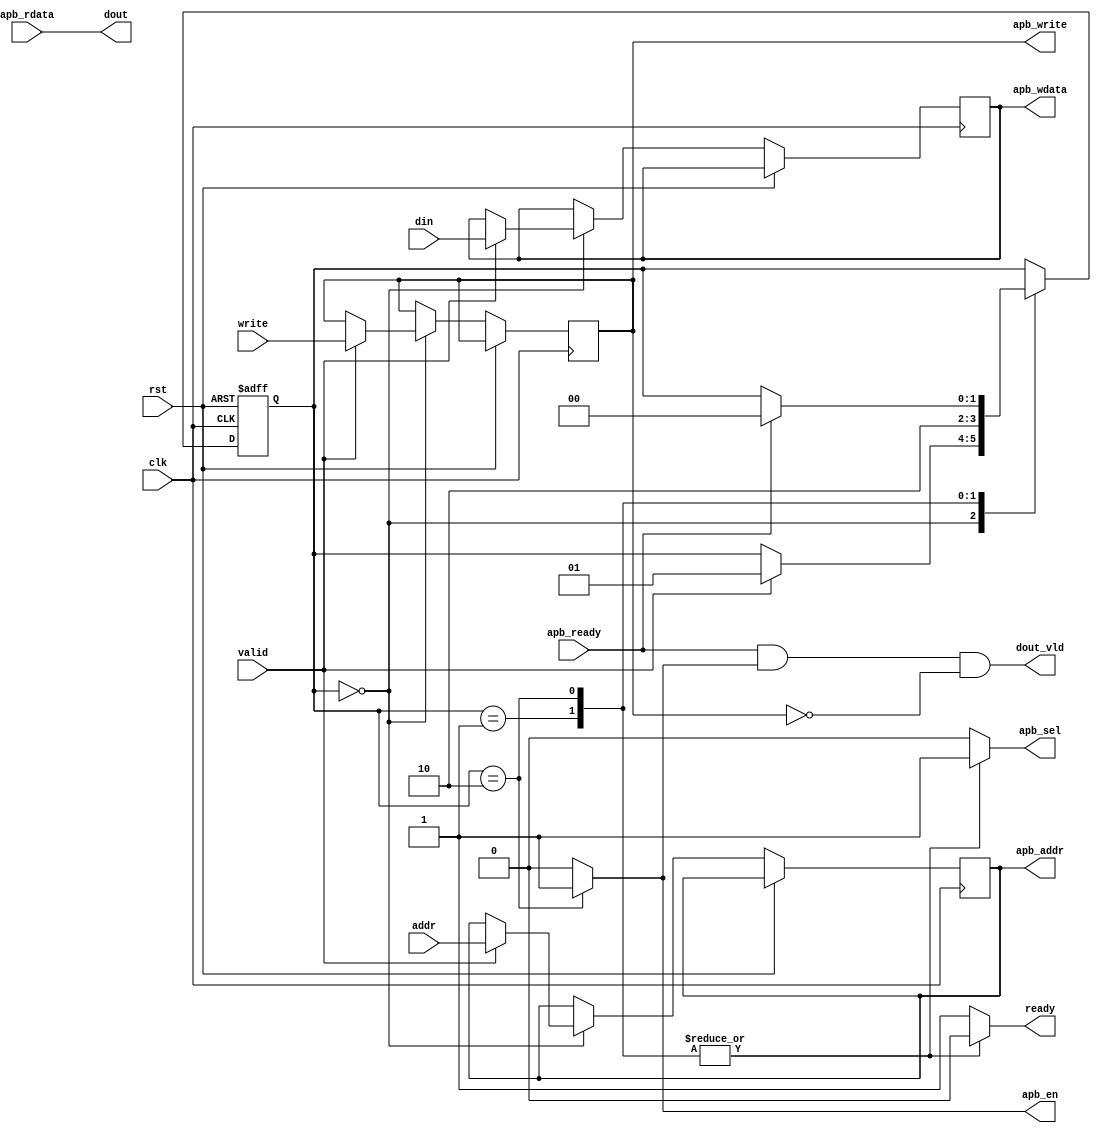
module apb_adapter (
    input               clk,
    input               rst,

    output  reg         ready,
    input               valid,
    input               write,
    input       [31:0]  addr,
    input       [31:0]  din,
    output              dout_vld,
    output      [31:0]  dout,


    // apb master
    output  reg         apb_sel,
    output  reg         apb_en,
    output  reg         apb_write,
    input               apb_ready,
    output  reg [31:0]  apb_addr,
    output  reg [31:0]  apb_wdata,
    input       [31:0]  apb_rdata
);

localparam IDLE = 2'b00;
localparam SEL  = 2'b01;
localparam EN   = 2'b10;
localparam WAIT = 2'b11;


reg [1:0] state = IDLE, nstate;
reg [31:0] apb_addr_nxt = 0;
reg [31:0] apb_wdata_nxt = 0;
reg        apb_write_nxt = 0;


always@(*)
begin
    nstate      = state;   
    apb_sel     = 0;
    apb_en      = 0;
    ready           = 1;
    apb_write_nxt   = apb_write;
    apb_wdata_nxt   = apb_wdata;
    apb_addr_nxt    = apb_addr;

    case(state)
        IDLE : begin
            if(valid) begin
                nstate = SEL;
                apb_write_nxt = write;
                apb_wdata_nxt = din;
                apb_addr_nxt = addr;
            end
        end
        SEL : begin
            nstate = EN;
            apb_sel = 1;
            ready   = 0;
        end
        EN : begin
            apb_sel = 1;
            apb_en  = 1;
            ready   = 0;
            if(apb_ready) nstate = IDLE;
        end
        default :;
    endcase
end

always@(posedge clk or posedge rst)
begin
    if(rst) begin
        state <= IDLE;
    end else begin
        state <= nstate;
        apb_wdata <= apb_wdata_nxt;
        apb_addr  <= apb_addr_nxt;
        apb_write <= apb_write_nxt;
    end
end

assign dout_vld = apb_ready && apb_en && !apb_write;
assign dout     = apb_rdata;

endmodule